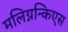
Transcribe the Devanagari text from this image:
मलिग्नन्किएस